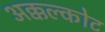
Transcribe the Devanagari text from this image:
अक्कल्कोट